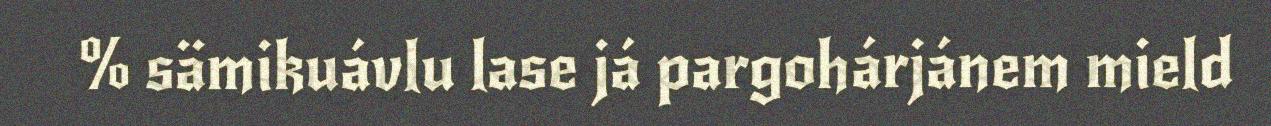
% sämikuávlu lase já pargohárjánem mield